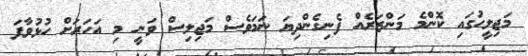
މަޖިލީހުގައި ކޮންމެ މަންޒަރެއް ފެނިގެންދިޔަ ނަމަވެސް މަޖިލިސް ވަނީ މި އަހަރަށް ހުޅުވާފަ